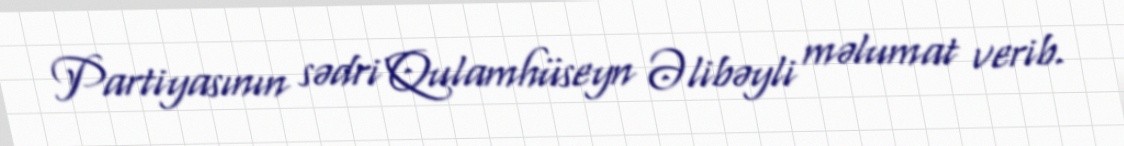
Partiyasının sədri Qulamhüseyn Əlibəyli məlumat verib.